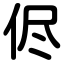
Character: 侭